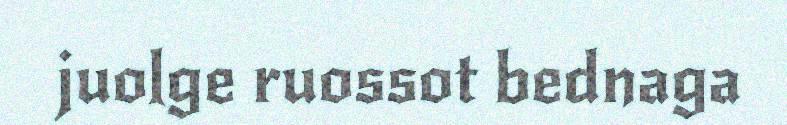
juolge ruossot bednaga